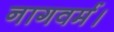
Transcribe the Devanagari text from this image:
नागवर्म।